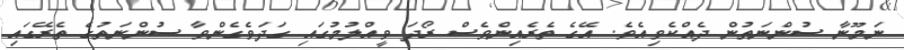
ނަމޫނާ ސުންނަތުން ދެއްކެވިއެވެ. އޭގެ ތެރެއިންވެސް ރޯދަ ވީއްލުމުގައި ގަދަވެގެންވާ ސުންނަތުގެ ތެރޭގައި